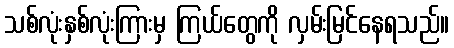
သစ်လုံးနှစ်လုံးကြားမှ ကြယ်တွေကို လှမ်းမြင်နေရသည်။